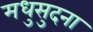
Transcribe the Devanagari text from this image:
मधुसुदना